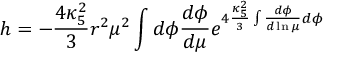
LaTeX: h = - \frac { 4 \kappa _ { 5 } ^ { 2 } } { 3 } r ^ { 2 } \mu ^ { 2 } \int d \phi \frac { d \phi } { d \mu } e ^ { 4 \frac { \kappa _ { 5 } ^ { 2 } } { 3 } \int \frac { d \phi } { d \ln \mu } d \phi }